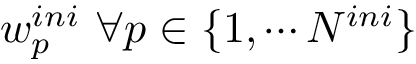
w _ { p } ^ { i n i } \ \forall p \in \{ 1 , \cdots N ^ { i n i } \}